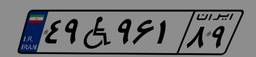
۰۴W۱۶۹۰۳